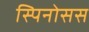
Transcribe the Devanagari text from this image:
स्पिनोसस